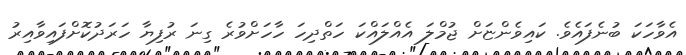
އެވާހަކަ ބުނެފައެވެ. ކައިވެންޏަށް ޖުމްލަ އެއްލައްކަ ހަތްދިހަ ހާހަށްވުރެ ގިނަ ރުފިޔާ ހަރަދުކޮށްފައިވާއިރު